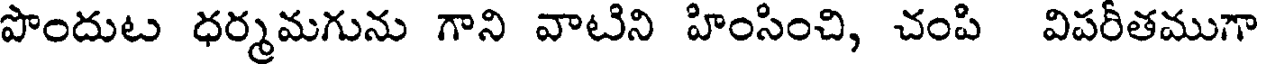
పొందుట ధర్మమగును గాని వాటిని హింసించి, చంపి విపరీతముగా